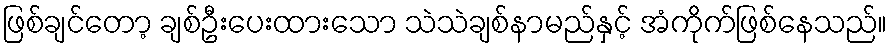
ဖြစ်ချင်တော့ ချစ်ဦးပေးထားသော သဲသဲချစ်နာမည်နှင့် အံကိုက်ဖြစ်နေသည်။